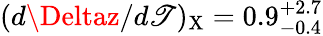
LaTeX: (d\Deltaz/d\mathscr{T})_{\mathrm{{X}}}=0.9_{-0.4}^{+2.7}